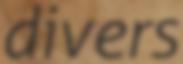
divers